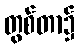
တွစ်တာ၌